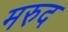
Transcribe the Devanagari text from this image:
मरुद